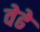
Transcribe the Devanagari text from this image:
वेढे